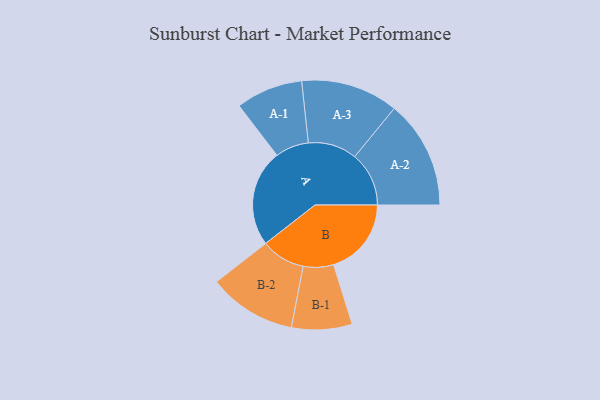
{"axis": {"x": "Segment", "y": "Value"}, "legend": ["", "A", "B"], "data": [{"x": "A", "y": 477, "type": ""}, {"x": "B", "y": 383, "type": ""}, {"x": "A-1", "y": 165, "type": "A"}, {"x": "A-2", "y": 267, "type": "A"}, {"x": "A-3", "y": 240, "type": "A"}, {"x": "B-1", "y": 149, "type": "B"}, {"x": "B-2", "y": 217, "type": "B"}]}